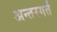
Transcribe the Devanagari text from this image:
अन्तरगर्त